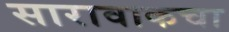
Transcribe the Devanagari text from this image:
सारावाकचा